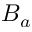
B _ { a }